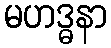
မဟဒ္ဓနာ